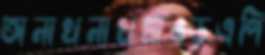
অনাথনাথধাঙড়এপি